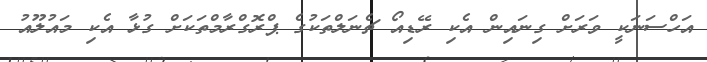
އަހްސަނަކީ ވަރަށް ގިނައިން އެކި ރޭޑިއޯ ޗެނަލްތަކުގެ ޕްރޮގްރާމްތަކަށް ގުޅާ އެކި މައުލޫއު